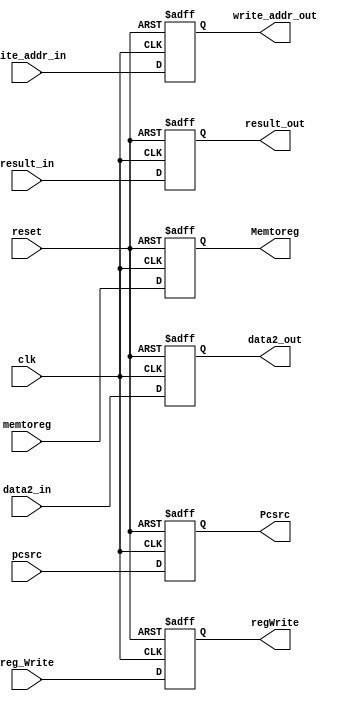
module EX_WB(
      input clk, reset, 
      input reg_Write, memtoreg, pcsrc,
      input [7:0] result_in, data2_in,
      input [2:0] write_addr_in,
     
     output reg  regWrite, Memtoreg, Pcsrc, 
     output reg [7:0] result_out, data2_out,
     output reg [2:0] write_addr_out
     

    );
    
    always @(posedge clk, negedge reset)
      begin 
         if(reset == 0)
           begin 
               regWrite = 0;
               Memtoreg = 0;
               Pcsrc = 0;
               result_out = 8'b0;
               data2_out = 8'b0;
               write_addr_out = 3'b0;  
            end
         else 
           begin 
              regWrite = reg_Write;
              Memtoreg = memtoreg;
              Pcsrc = pcsrc;
              result_out = result_in;
              data2_out = data2_in;
              write_addr_out = write_addr_in;    
           end 
        end
        
             
endmodule